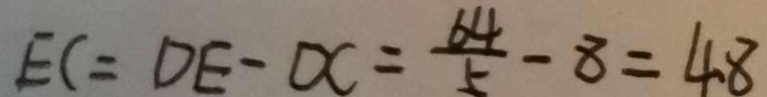
E C = D E - D C = \frac { 6 4 } { 5 } - 8 = 4 8